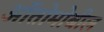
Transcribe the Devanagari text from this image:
ऑतोमोबील